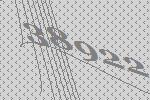
38922